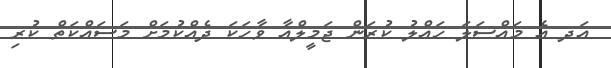
އަދ އެ މައްސަލަ ހައްލު ކުރަން ޖަމީލްއާ ވާހަކަ ދެއްކުމަށް މަސައްކަތް ކުރި